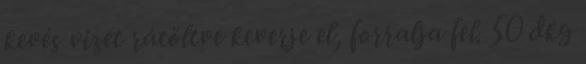
kevés vizet rátöltve keverje el, forralja fel. 50 dkg